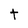
Character: t